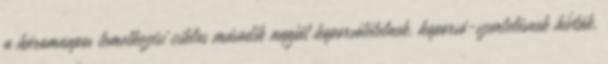
a háromnapos temetkezési ciklus második napját koporsótételnek, koporsó-szentelésnek hívták,